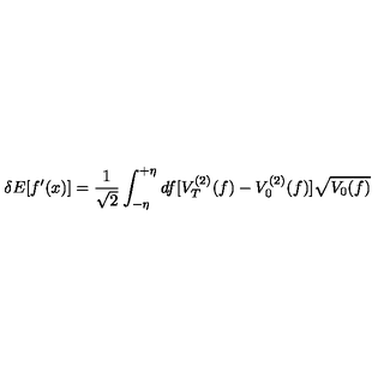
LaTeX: \delta E [ f ^ { \prime } ( x ) ] = { \frac { 1 } { \sqrt { 2 } } } \int _ { - \eta } ^ { + \eta } d f [ V _ { T } ^ { ( 2 ) } ( f ) - V _ { 0 } ^ { ( 2 ) } ( f ) ] \sqrt { V _ { 0 } ( f ) }